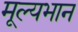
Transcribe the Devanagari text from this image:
मूल्यभान